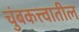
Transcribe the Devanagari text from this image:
चुंबकत्त्वातील